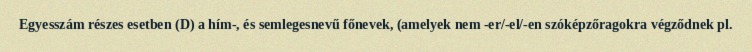
Egyesszám részes esetben (D) a hím-, és semlegesnevű főnevek, (amelyek nem -er/-el/-en szóképzőragokra végződnek pl.